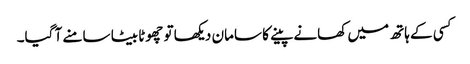
کسی کے ہاتھ میں کھانے پینے کا سامان دیکھا تو چھوٹا بیٹا سامنے آ گیا۔